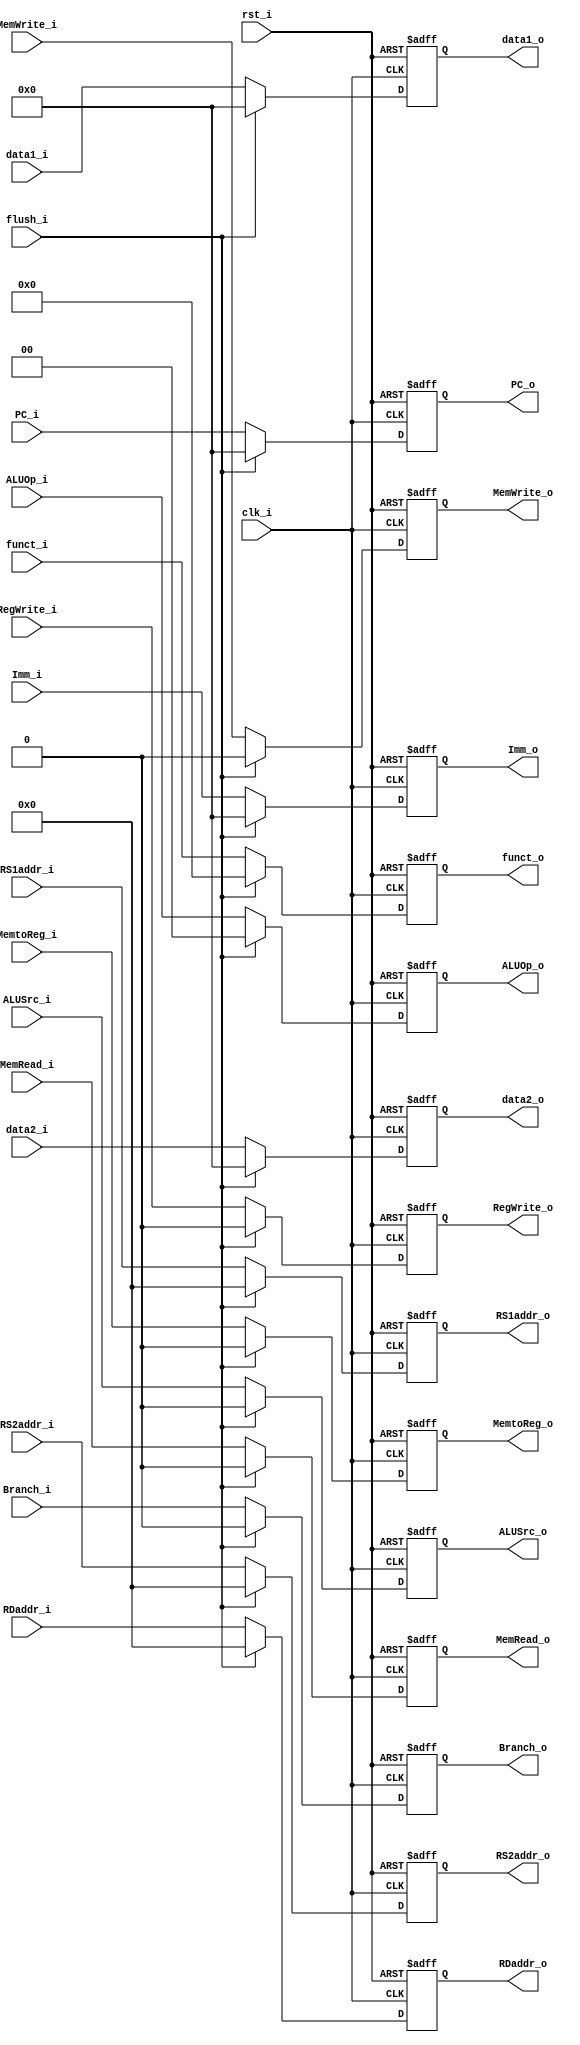
module ID_EX
(
    clk_i,
    rst_i,
    flush_i,
    RegWrite_i,
    MemtoReg_i,
    MemRead_i,
    MemWrite_i,
    Branch_i,
    ALUOp_i,
    ALUSrc_i,
    data1_i,
    data2_i,
    Imm_i,
    funct_i,
    RS1addr_i,
    RS2addr_i,
    RDaddr_i,
    PC_i, 

    RegWrite_o,
    MemtoReg_o,
    MemRead_o,
    MemWrite_o,
    Branch_o,
    ALUOp_o,
    ALUSrc_o,
    data1_o,
    data2_o,
    Imm_o,
    funct_o,
    RS1addr_o,
    RS2addr_o,
    RDaddr_o, 
    PC_o
);

input   clk_i;
input   rst_i;
input   flush_i;
input   RegWrite_i;
input   MemtoReg_i;
input   MemRead_i;
input   MemWrite_i;
input   Branch_i;
input   [1:0]   ALUOp_i;
input   ALUSrc_i;
input   [31:0]  data1_i;
input   [31:0]  data2_i;
input   [31:0]  Imm_i;
input   [9:0]   funct_i;
input   [4:0]   RS1addr_i;
input   [4:0]   RS2addr_i;
input   [4:0]   RDaddr_i;
input   [31:0]      PC_i;

output  RegWrite_o;
output  MemtoReg_o;
output  MemRead_o;
output  MemWrite_o;
output  Branch_o;
output  [1:0]   ALUOp_o;
output  ALUSrc_o;
output  [31:0]  data1_o;
output  [31:0]  data2_o;
output  [31:0]  Imm_o;
output  [9:0]   funct_o;
output  [4:0]   RS1addr_o;
output  [4:0]   RS2addr_o;
output  [4:0]   RDaddr_o;
output  [31:0]      PC_o;

reg             RegWrite_o;
reg             MemtoReg_o;
reg             MemRead_o;
reg             MemWrite_o;
reg             Branch_o;
reg     [1:0]   ALUOp_o;
reg             ALUSrc_o;
reg     [31:0]  data1_o; 
reg     [31:0]  data2_o;
reg     [31:0]  Imm_o;
reg     [9:0]   funct_o;
reg     [4:0]   RS1addr_o;
reg     [4:0]   RS2addr_o;
reg     [4:0]   RDaddr_o;
reg     [31:0]  PC_o;

always@(posedge clk_i or posedge rst_i) begin
    if(rst_i)begin
        RegWrite_o <= 0;
        MemtoReg_o <= 0;
        MemRead_o <= 0;
        MemWrite_o <= 0;
        Branch_o <= 0;
        ALUOp_o <= 2'b0;
        ALUSrc_o <= 0;
        data1_o <= 32'b0;
        data2_o <= 32'b0;
        Imm_o <= 32'b0;
        funct_o <= 10'b0;
        RS1addr_o <= 5'b0;
        RS2addr_o <= 5'b0;
        RDaddr_o <= 5'b0;
        PC_o <= 32'b0;
    end
    else begin
        RegWrite_o <= RegWrite_i;
        MemtoReg_o <= MemtoReg_i;
        MemRead_o <= MemRead_i;
        MemWrite_o <= MemWrite_i;
        Branch_o <= Branch_i;
        ALUOp_o <= ALUOp_i;
        ALUSrc_o <= ALUSrc_i;
        data1_o <= data1_i;
        data2_o <= data2_i;
        Imm_o <= Imm_i;
        funct_o <= funct_i;
        RS1addr_o <= RS1addr_i;
        RS2addr_o <= RS2addr_i;
        RDaddr_o <= RDaddr_i;
        PC_o <= PC_i;
        if(flush_i)begin
            RegWrite_o <= 0;
            MemtoReg_o <= 0;
            MemRead_o <= 0;
            MemWrite_o <= 0;
            Branch_o <= 0;
            ALUOp_o <= 2'b0;
            ALUSrc_o <= 0;
            data1_o <= 32'b0;
            data2_o <= 32'b0;
            Imm_o <= 32'b0;
            funct_o <= 10'b0;
            RS1addr_o <= 5'b0;
            RS2addr_o <= 5'b0;
            RDaddr_o <= 5'b0;
            PC_o <= 32'b0;
        end
    end
end

endmodule